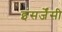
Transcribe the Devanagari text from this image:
इंसर्जेंसी